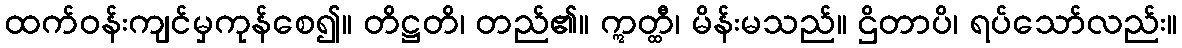
ထက်ဝန်းကျင်မှကုန်စေ၍။ တိဋ္ဌတိ၊ တည်၏။ ဣတ္ထီ၊ မိန်းမသည်။ ဌိတာပိ၊ ရပ်သော်လည်း။